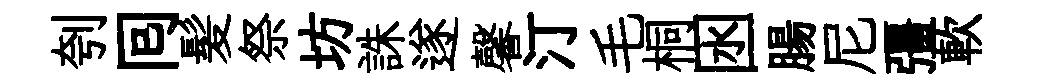
刳囘髪祭坊誅遂馨汀毛桐囦腸尼彊軟